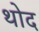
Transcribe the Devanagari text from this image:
थोद